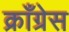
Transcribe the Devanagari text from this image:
क्राँग्रेस